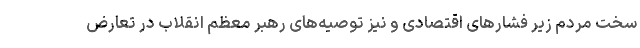
سخت مردم زیر فشارهای اقتصادی و نیز توصیه‌های رهبر معظم انقلاب در تعارض